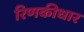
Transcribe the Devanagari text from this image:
रिणकीधार